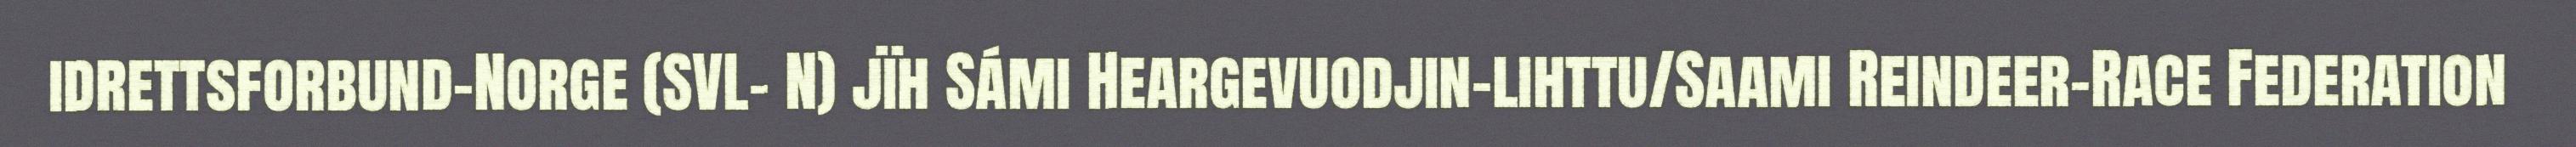
idrettsforbund-Norge (SVL- N) jïh Sámi Heargevuodjin-lihttu/Saami Reindeer-Race Federation